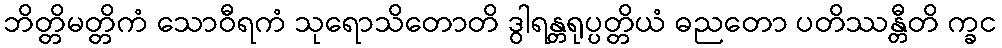
ဘိတ္တိမတ္တိကံ သောဝီရကံ သုရောသိတောတိ ဒွါရန္တရုပ္ပတ္တိယံ ဓညတော ပတိဿန္တီတိ က္ခင